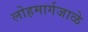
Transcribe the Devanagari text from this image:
लोहमार्गजाळे